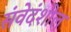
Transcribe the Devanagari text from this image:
संवेदंशील